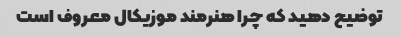
توضیح دهید که چرا هنرمند موزیکال معروف است